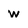
Character: w